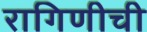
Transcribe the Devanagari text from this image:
रागिणीची